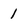
Character: 1